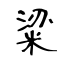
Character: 粱